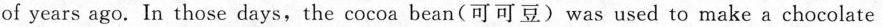
_of years ago. In those days,the cocoa bean(可可豆)was used to make a chocolate